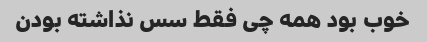
خوب بود همه چی فقط سس نذاشته بودن